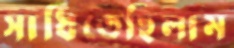
সাধিতেছিলাম